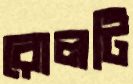
রোলটি